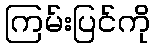
ကြမ်းပြင်ကို